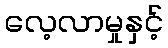
လေ့လာမှုနှင့်